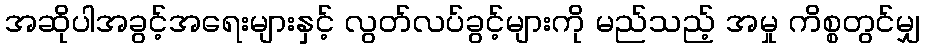
အဆိုပါအခွင့်အရေးများနှင့် လွတ်လပ်ခွင့်များကို မည်သည့် အမှု ကိစ္စတွင်မျှ